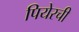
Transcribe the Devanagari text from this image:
पियेरची